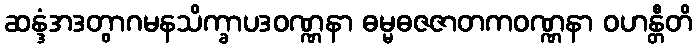
ဆန္ဒံအဒတွာဂမနသိက္ခာပဒဝဏ္ဏနာ ဓမ္မဓဇဇာတကဝဏ္ဏနာ ဝဟန္တီတိ